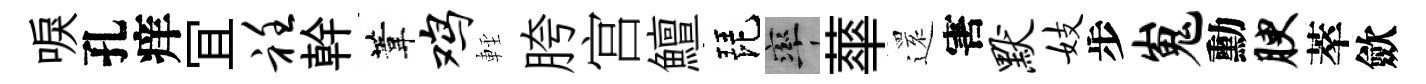
唳孔痒冝衽幹葦鸡䡖胯宫鱣琵率蕐𮟃害默妓步嵬勳腴萃歛